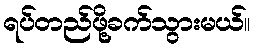
ရပ်တည်ဖို့ခက်သွားမယ်။